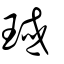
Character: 琙